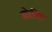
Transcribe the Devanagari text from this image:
मोरबिड